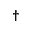
^ \dagger